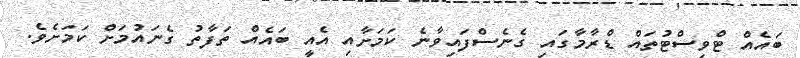
ބައެއް ޓްވިސްޓުތައް ޑްރާމާގައި ގެނެސްފައިވާނެ ކަމަށާއި އެއީ ބައެއް ތަފާތު ގެނައުމަށް ކަމަށެވެ.